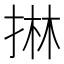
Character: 㨆